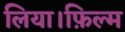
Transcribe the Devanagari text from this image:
लिया।फ़िल्म